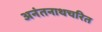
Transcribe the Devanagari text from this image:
अनंतनाथचरित